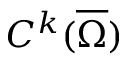
C ^ { k } ( \overline { { \Omega } } )